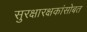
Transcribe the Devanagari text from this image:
सुरक्षारक्षकांसोबत